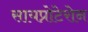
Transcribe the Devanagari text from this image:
सायप्रोटेरोन